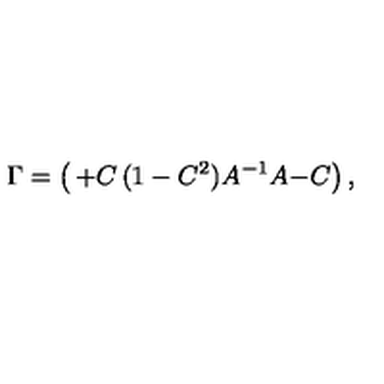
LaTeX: \Gamma = \left( \begin{matrix} { + C } & { ( 1 - C ^ { 2 } ) A ^ { - 1 } } \\ { A } & { - C } \\ \end{matrix} \right) ,